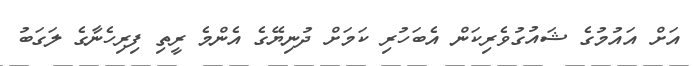
އަށް އައުމުގެ ޝައުގުވެރިކަން އެބަހުރި ކަމަށް ދުނިޔޭގެ އެންމެ ރީތި ފިރިހެނާގެ ލަގަބު